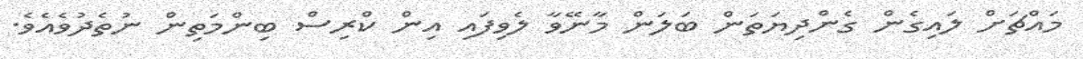
މައްޗަށް ލައިގެން ގެންދިޔަތަން ބަލަން މާނޭވާ ލެވިފައި އިން ކްރިސް ބިންމަތިން ނުތެދުވެއެވެ.